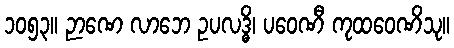
၁၀၅၃။ ဉာဏေ လာဘေ ဥပလဒ္ဓိ၊ ပဝေဏီ ကုထဝေဏိသု။